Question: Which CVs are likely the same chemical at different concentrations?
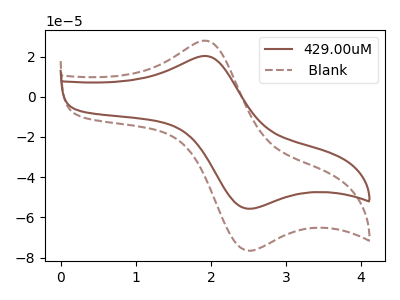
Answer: <think>The brown curve "429.00uM" has an anodic peak at (1.90V, 20.30uA) and a cathodic peak at (2.45V, -55.40uA). The brown dashed curve " Blank" has an anodic peak at (1.90V, 27.90uA) and a cathodic peak at (2.45V, -76.20uA).
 All the peaks in "429.00uM" have a peak in " Blank" at the same potential. Every peak in "429.00uM" is lower than every peak in " Blank".</think>
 <answer>" Blank" and "429.00uM" have the same shape and are likely CV's of the same chemical.</answer>
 <eval>" Blank" "429.00uM"</eval>